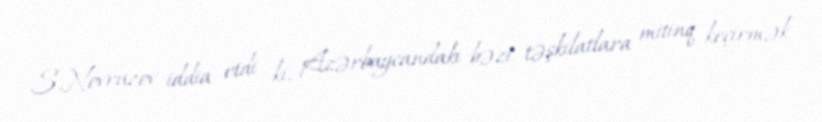
S.Novruzov iddia etdi ki, Azərbaycandakı bəzi təşkilatlara mitinq keçirmək